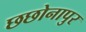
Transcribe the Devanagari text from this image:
छछोनापुर